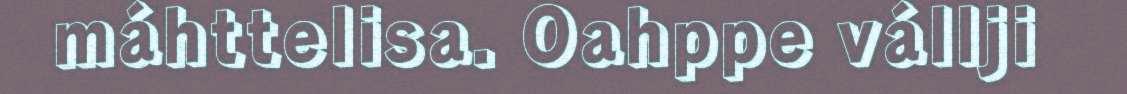
máhttelisa. Oahppe vállji